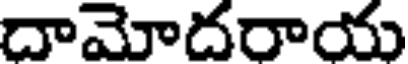
దామోదరాయ